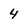
Character: 4